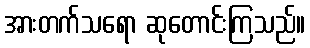
အားတက်သရော ဆုတောင်းကြသည်။